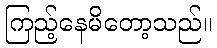
ကြည့်နေမိတော့သည်။